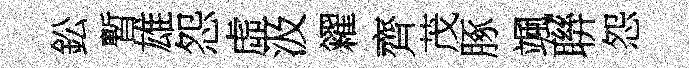
鈆暫雄怨虛汲糴齊茂䐁颯聨怨